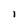
Character: 1